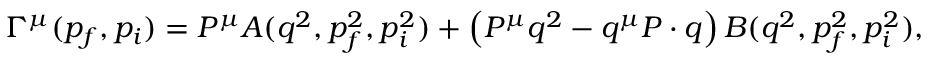
\Gamma ^ { \mu } ( p _ { f } , p _ { i } ) = P ^ { \mu } A ( q ^ { 2 } , p _ { f } ^ { 2 } , p _ { i } ^ { 2 } ) + \left( P ^ { \mu } q ^ { 2 } - q ^ { \mu } P \cdot q \right) B ( q ^ { 2 } , p _ { f } ^ { 2 } , p _ { i } ^ { 2 } ) ,